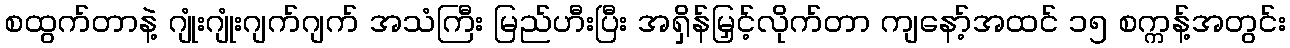
စထွက်တာနဲ့ ဂျုံးဂျုံးဂျက်ဂျက် အသံကြီး မြည်ဟီးပြီး အရှိန်မြှင့်လိုက်တာ ကျနော့်အထင် ၁၅ စက္ကန့်အတွင်း